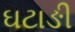
ઘટાઙી